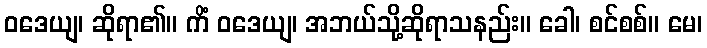
ဝဒေယျ၊ ဆိုရာ၏။ ကိံ ဝဒေယျ၊ အဘယ်သို့ဆိုရာသနည်း။ ခေါ၊ စင်စစ်။ မေ၊